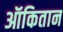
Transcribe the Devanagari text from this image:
ऑकितान